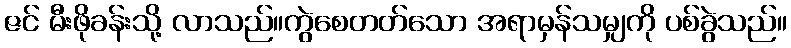
ဇင် မီးဖိုခန်းသို့ လာသည်။ကွဲစေတတ်သော အရာမှန်သမျှကို ပစ်ခွဲသည်။